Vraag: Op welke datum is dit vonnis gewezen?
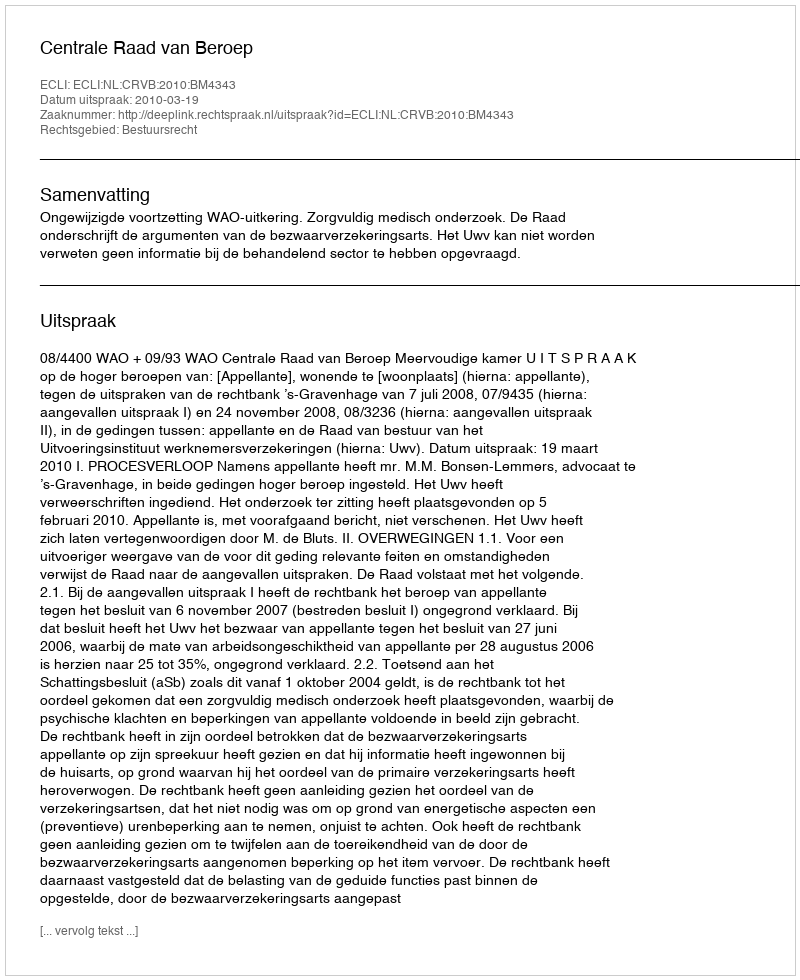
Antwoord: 2010-03-19